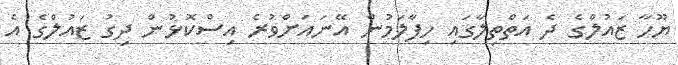
ޔޫހާ ޒައުލްގެ ދެ އަތްތިލާގައި ހިފާލަމުން އޭނައަށްވުރެ އިސްކޮޅުން ދިގު ޒައުލްގެ އެ